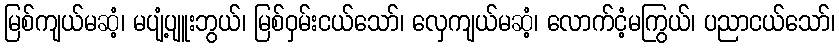
မြစ်ကျယ်မဆံ့၊ မပျံ့ပျူးဘွယ်၊ မြစ်ဝှမ်းငယ်သော်၊ လှေကျယ်မဆံ့၊ လောက်ငံ့မကြွယ်၊ ပညာငယ်သော်၊